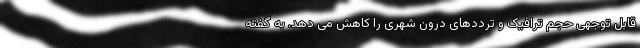
قابل توجهی حجم ترافیک و ترددهای درون شهری را کاهش می دهد. به گفته